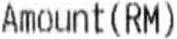
AMOUNT(RM)